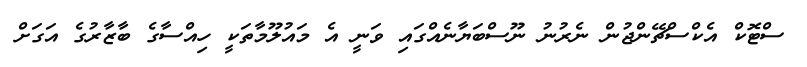
ސްޓޮކް އެކްސްޗޭންޖުން ނެރުނު ނޫސްބަޔާނެއްގައި ވަނީ އެ މައުލޫމާތަކީ ހިއްސާގެ ބާޒާރުގެ އަގަށް